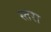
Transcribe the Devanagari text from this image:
स्तरा